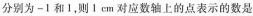
分别为-1和1，则1 cm对应数轴上的点表示的数是